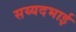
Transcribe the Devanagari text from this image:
सय्यदभाई